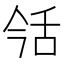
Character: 𦧎